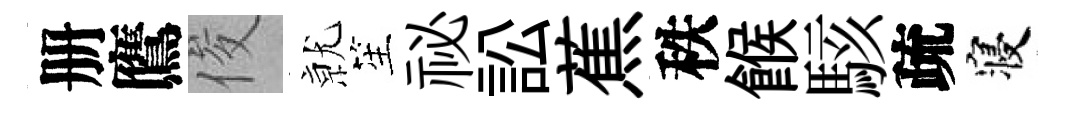
册鷹俊𭕒笙祕訟蕉秩餱駭疏寝